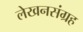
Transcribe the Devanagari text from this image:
लेखनसंग्रह